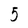
Character: 5